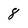
Character: 8